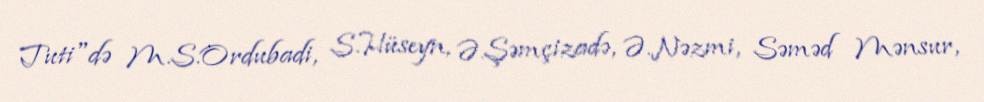
Tuti"də M.S.Ordubadi, S.Hüseyn, Ə.Şəmçizadə, Ə.Nəzmi, Səməd Mənsur,